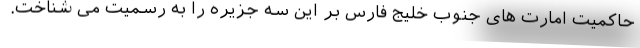
حاکمیت امارت های جنوب خلیج فارس بر این سه جزیره را به رسمیت می شناخت.